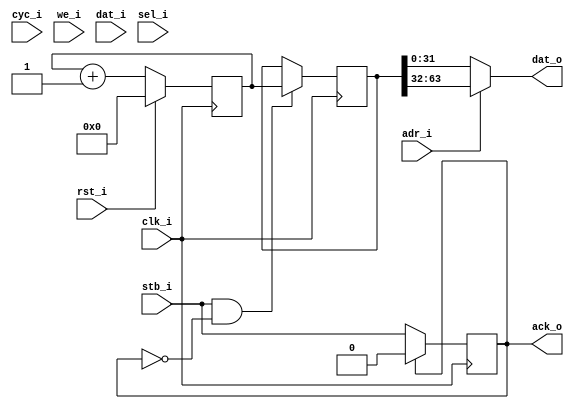
module wb_tim(clk_i, rst_i, cyc_i, stb_i, adr_i, we_i, dat_i, sel_i, ack_o, dat_o);

localparam AW   = 1;
localparam DW   = 32;
localparam COLS = DW/8;

input clk_i;
input rst_i;

input cyc_i;
input stb_i;

input [AW-1:0] adr_i;
input we_i;

input [DW-1:0] dat_i;
input [COLS-1:0] sel_i;

output [DW-1:0] dat_o;
output reg ack_o;

always @(posedge clk_i)
	if(ack_o)
		ack_o <= 1'b0; 
	else
		ack_o <= stb_i;

reg [63:0] counter = 64'd0;
reg [63:0] counter_o;

always @(posedge clk_i) begin
	if(stb_i && !ack_o)
		counter_o <= counter;

	if(rst_i)
		counter <= 64'd0;
	else
		counter <= counter + 1'b1;
end

assign dat_o = (adr_i[0]) ? counter_o[63:32] : counter_o[31:0];

endmodule